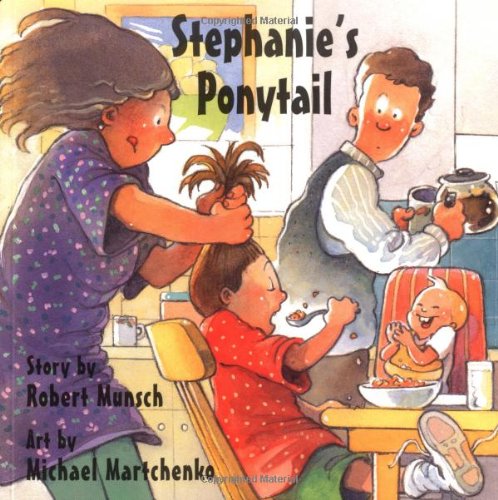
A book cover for Stephanie's Ponytail (Classic Munsch); Robert Munsch; Children's Books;